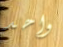
واحد